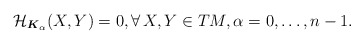
\begin{gather*} \mathcal{H}_{\boldsymbol{K}_\alpha}(X,Y)=0, \forall \, X,Y \in TM, \alpha=0,\ldots, n-1.\end{gather*}